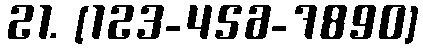
21. [123-456-7890]